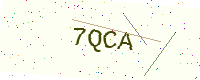
Text: 7QCA